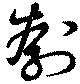
刳